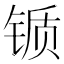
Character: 锧